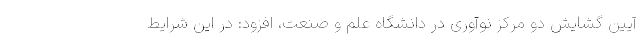
آیین گشایش دو مرکز نوآوری در دانشگاه علم و صنعت، افزود: در این شرایط